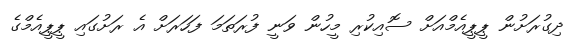
ދިގުރަށުން ޕީޕީއެމްއަށް ސޮއިކުރި މީހުން ވަނީ ފުރަތަމަ ފަހަރަށް އެ ރަށުގައި ޕީޕީއެމްގެ